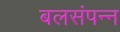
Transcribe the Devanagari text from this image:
बलसंपन्न